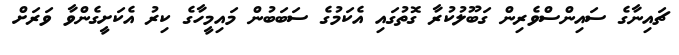
ޗައިނާގެ ސައިންސްވެރިން ގަބޫލުކުރާ ގޮތުގައި އެކަމުގެ ސަބަބުން މައިމީހާގެ ކިރު އެކަށީގެންވާ ވަރަށް